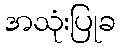
အသုံးပြုခ